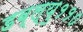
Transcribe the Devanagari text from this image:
डब्ल्यु११०